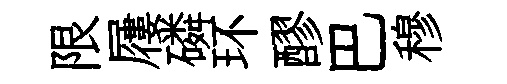
限屨磷环醪巴穆